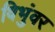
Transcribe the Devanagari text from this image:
विभुंवर